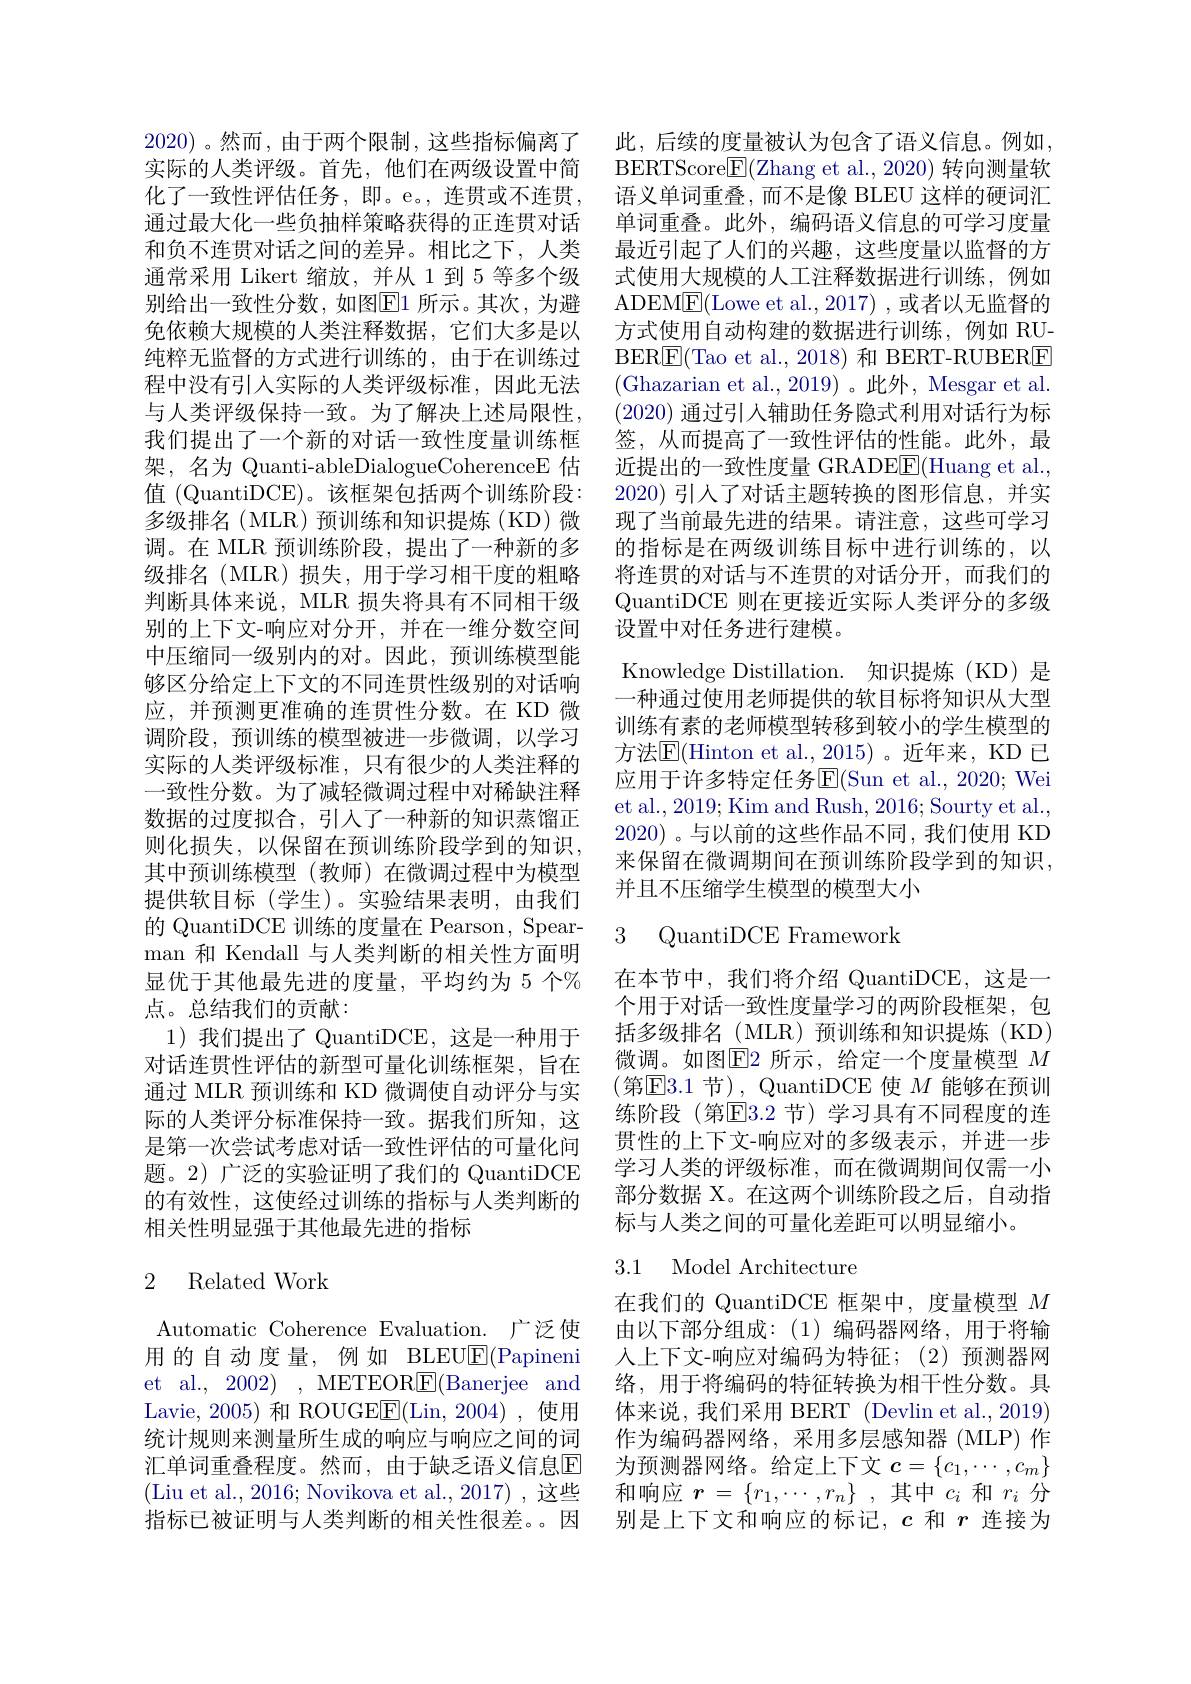
通过最大化一些负抽样策略获得的正连贯对话和负不连贯对话之间的差异。相比之下，人类通常采用 Likert 缩放，并从 1到 5 等多个级别给出一致性分数，如图$\boxed{\mathrm{E}}1$ 所示。其次，为避免依赖大规模的人类注释数据，它们大多是以纯粹无监督的方式进行训练的，由于在训练过程中没有引人实际的人类评级标准，因此无法与人类评级保持一致。为了解决上述局限性， 我们提出了一个新的对话一致性度量训练框架，名为 Quanti-ableDialogueCoherenceE 估值 (QuantiDCE)。该框架包括两个训练阶段： 多级排名(MLR)预训练和知识提炼(KD)微调。在 MLR 预训练阶段，提出了一种新的多级排名(MLR)损失，用于学习相干度的粗略判断具体来说，MLR 损失将具有不同相干级别的上下文-响应对分开，并在一维分数空间中压缩同一级别内的对。因此，预训练模型能够区分给定上下文的不同连贯性级别的对话响应，并预测更准确的连贯性分数。在 KD 微调阶段，预训练的模型被进一步微调，以学习实际的人类评级标准，只有很少的人类注释的一致性分数。为了减轻微调过程中对稀缺注释数据的过度拟合，引入了一种新的知识蒸馏正则化损失，以保留在预训练阶段学到的知识其中预训练模型(教师)在微调过程中为模型提供软目标(学生)。实验结果表明，由我们的 QuantiDCE 训练的度量在 Pearson, Spearman 和 Kendall 与人类判断的相关性方面明显优于其他最先进的度量，平均约为 5 个% 点。总结我们的贡献：
1)我们提出了 QuantiDCE,这是一种用于对话连贯性评估的新型可量化训练框架，旨在通过 MLR 预训练和 KD 微调使自动评分与实际的人类评分标准保持一致。据我们所知，这是第一次尝试考虑对话一致性评估的可量化问题。2) 广泛的实验证明了我们的 QuantiDCE 的有效性，这使经过训练的指标与人类判断的相关性明显强于其他最先进的指标

### 2 Related Work

Automatic Coherence Evaluation. 广泛使用的自动度量，例如 BLEUE(Papineni et al., 2002) , METEOR$\underline{\mathrm{E}}($Banerjee and Lavie, 2005) 和 ROUGEE(Lin, 2004) ,使用统计规则来测量所生成的响应与响应之间的词汇单词重叠程度。然而，由于缺乏语义信息$\overline{\mathrm{E}}$ 指标已被证明与人类判断的相关性很差。因

2020) 。然而，由于两个限制，这些指标偏离了 此，后续的度量被认为包含了语义信息。例如， 实际的人类评级。首先，他们在两级设置中简 BERTScore$\mathbb{E}($Zhang et al.,2020) 转向测量软化了一致性评估任务，即。e。,连贯或不连贯，语义单词重叠，而不是像 BLEU 这样的硬词汇
单词重叠。此外，编码语义信息的可学习度量最近引起了人们的兴趣，这些度量以监督的方式使用大规模的人工注释数据进行训练，例如ADEM$\underline{\mathrm{F}}($Lowe et al.,2017),或者以无监督的方式使用自动构建的数据进行训练，例如 RU- $\operatorname{BER}\underline{\mathrm{E}}($Tao et al., 2018) 和 BERT-RUBERE (Ghazarian et al., 2019)。此外，Mesgar et al. (2020)通过引入辅助任务隐式利用对话行为标签，从而提高了一致性评估的性能。此外，最近提出的一致性度量 GRADE$\underline{\mathrm{E}}($Huang et al., 2020) 引人了对话主题转换的图形信息，并实现了当前最先进的结果。请注意，这些可学习的指标是在两级训练目标中进行训练的，以将连贯的对话与不连贯的对话分开，而我们的QuantiDCE 则在更接近实际人类评分的多级设置中对任务进行建模。
Knowledge Distillation. 知识提炼(KD) 是一种通过使用老师提供的软目标将知识从大型训练有素的老师模型转移到较小的学生模型的方法$\overline{\mathrm{E}}($Hinton et al.,2015)。近年来，KD 已应用于许多特定任务$\mathsf E($Sun et al., 2020; Wei et al., 2019; Kim and Rush, 2016; Sourty et al., 2020)。与以前的这些作品不同，我们使用 KD 来保留在微调期间在预训练阶段学到的知识， 并且不压缩学生模型的模型大小

3 QuantiDCE Framework

在本节中，我们将介绍 QuantiDCE,这是一个用于对话一致性度量学习的两阶段框架，包括多级排名(MLR)预训练和知识提炼(KD) 微调。如图$\boxed{\mathrm{E}}2$ 所示，给定一个度量模型 $M$ (第E3.1 节), QuantiDCE 使 $M$ 能够在预训练阶段 (第$\overline{\mathrm{E}}3.2$ 节)学习具有不同程度的连贯性的上下文-响应对的多级表示，并进一步学习人类的评级标准，而在微调期间仅需一小部分数据 X。在这两个训练阶段之后，自动指标与人类之间的可量化差距可以明显缩小。

### 3.1 Model Architecture

在我们的 QuantiDCE 框架中，度量模型$M$ 由以下部分组成：(1)编码器网络，用于将输人上下文-响应对编码为特征；(2)预测器网络，用于将编码的特征转换为相干性分数。具体来说，我们采用 BERT (Devlin et al., 2019) 作为编码器网络，采用多层感知器(MLP) 作为预测器网络。给定上下文$c=\{c_1,\cdots,c_m\}$
(Liu et al., 2016; Novikova et al., 2017) ,这些 和响应$\boldsymbol{r}=\{r_1,\cdots,r_n\}$ ,其中$c_i$和$r_i$分
别是上下文和响应的标记，$c$和$r$连接为